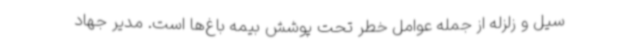
سیل و زلزله از جمله عوامل خطر تحت پوشش بیمه باغ‌ها است. مدیر جهاد